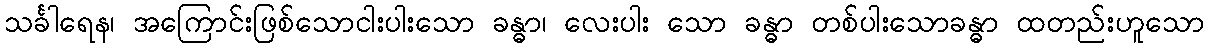
သင်္ခါရေန၊ အကြောင်းဖြစ်သောငါးပါးသော ခန္ဓာ၊ လေးပါး သော ခန္ဓာ တစ်ပါးသောခန္ဓာ ထတည်းဟူသော